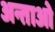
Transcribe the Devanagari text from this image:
अन्ताओ